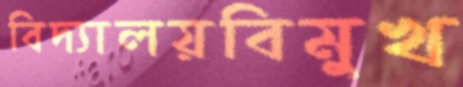
বিদ্যালয়বিমুখ